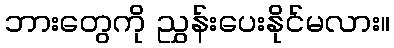
ဘားတွေကို ညွှန်းပေးနိုင်မလား။